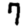
Digit: 7